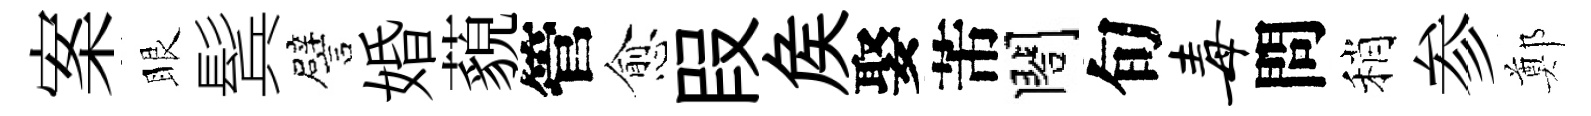
案眼鬂譬婚藐管愈叚矦娶芾閤旬毒問稍参鄭